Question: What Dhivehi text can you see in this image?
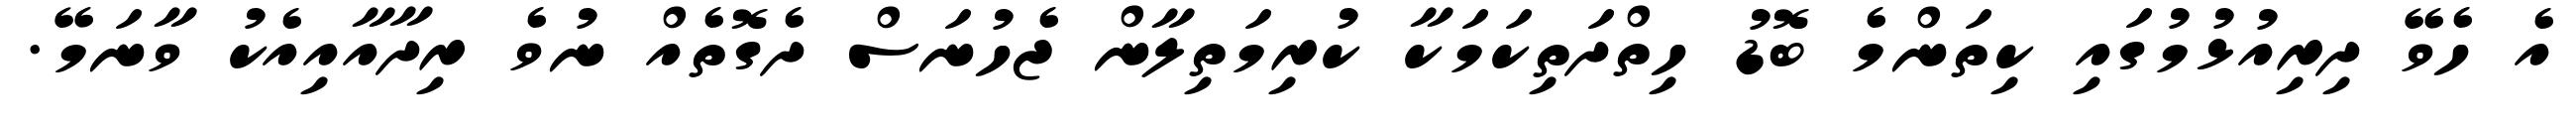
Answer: އެ ހެވޭ ދިރިއުޅުމުގައި ކިތަންމެ ބޮޑު ހިތްދަތިކަމަކާ ކުރިމަތިލާން ޖެހުނަސް ދެގޮތެއް ނުވެ ރިދާއާއިއެކު ވާނަމޭ.